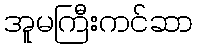
အူမကြီးကင်ဆာ